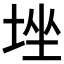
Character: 𡌚